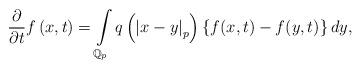
LaTeX: \begin{align*}\frac{\partial}{\partial t}f\left( x,t\right) =\int\limits_{\mathbb{Q}_{p}}q\left( \left\vert x-y\right\vert _{p}\right) \left\{f(x,t)-f(y,t)\right\} dy, \end{align*}